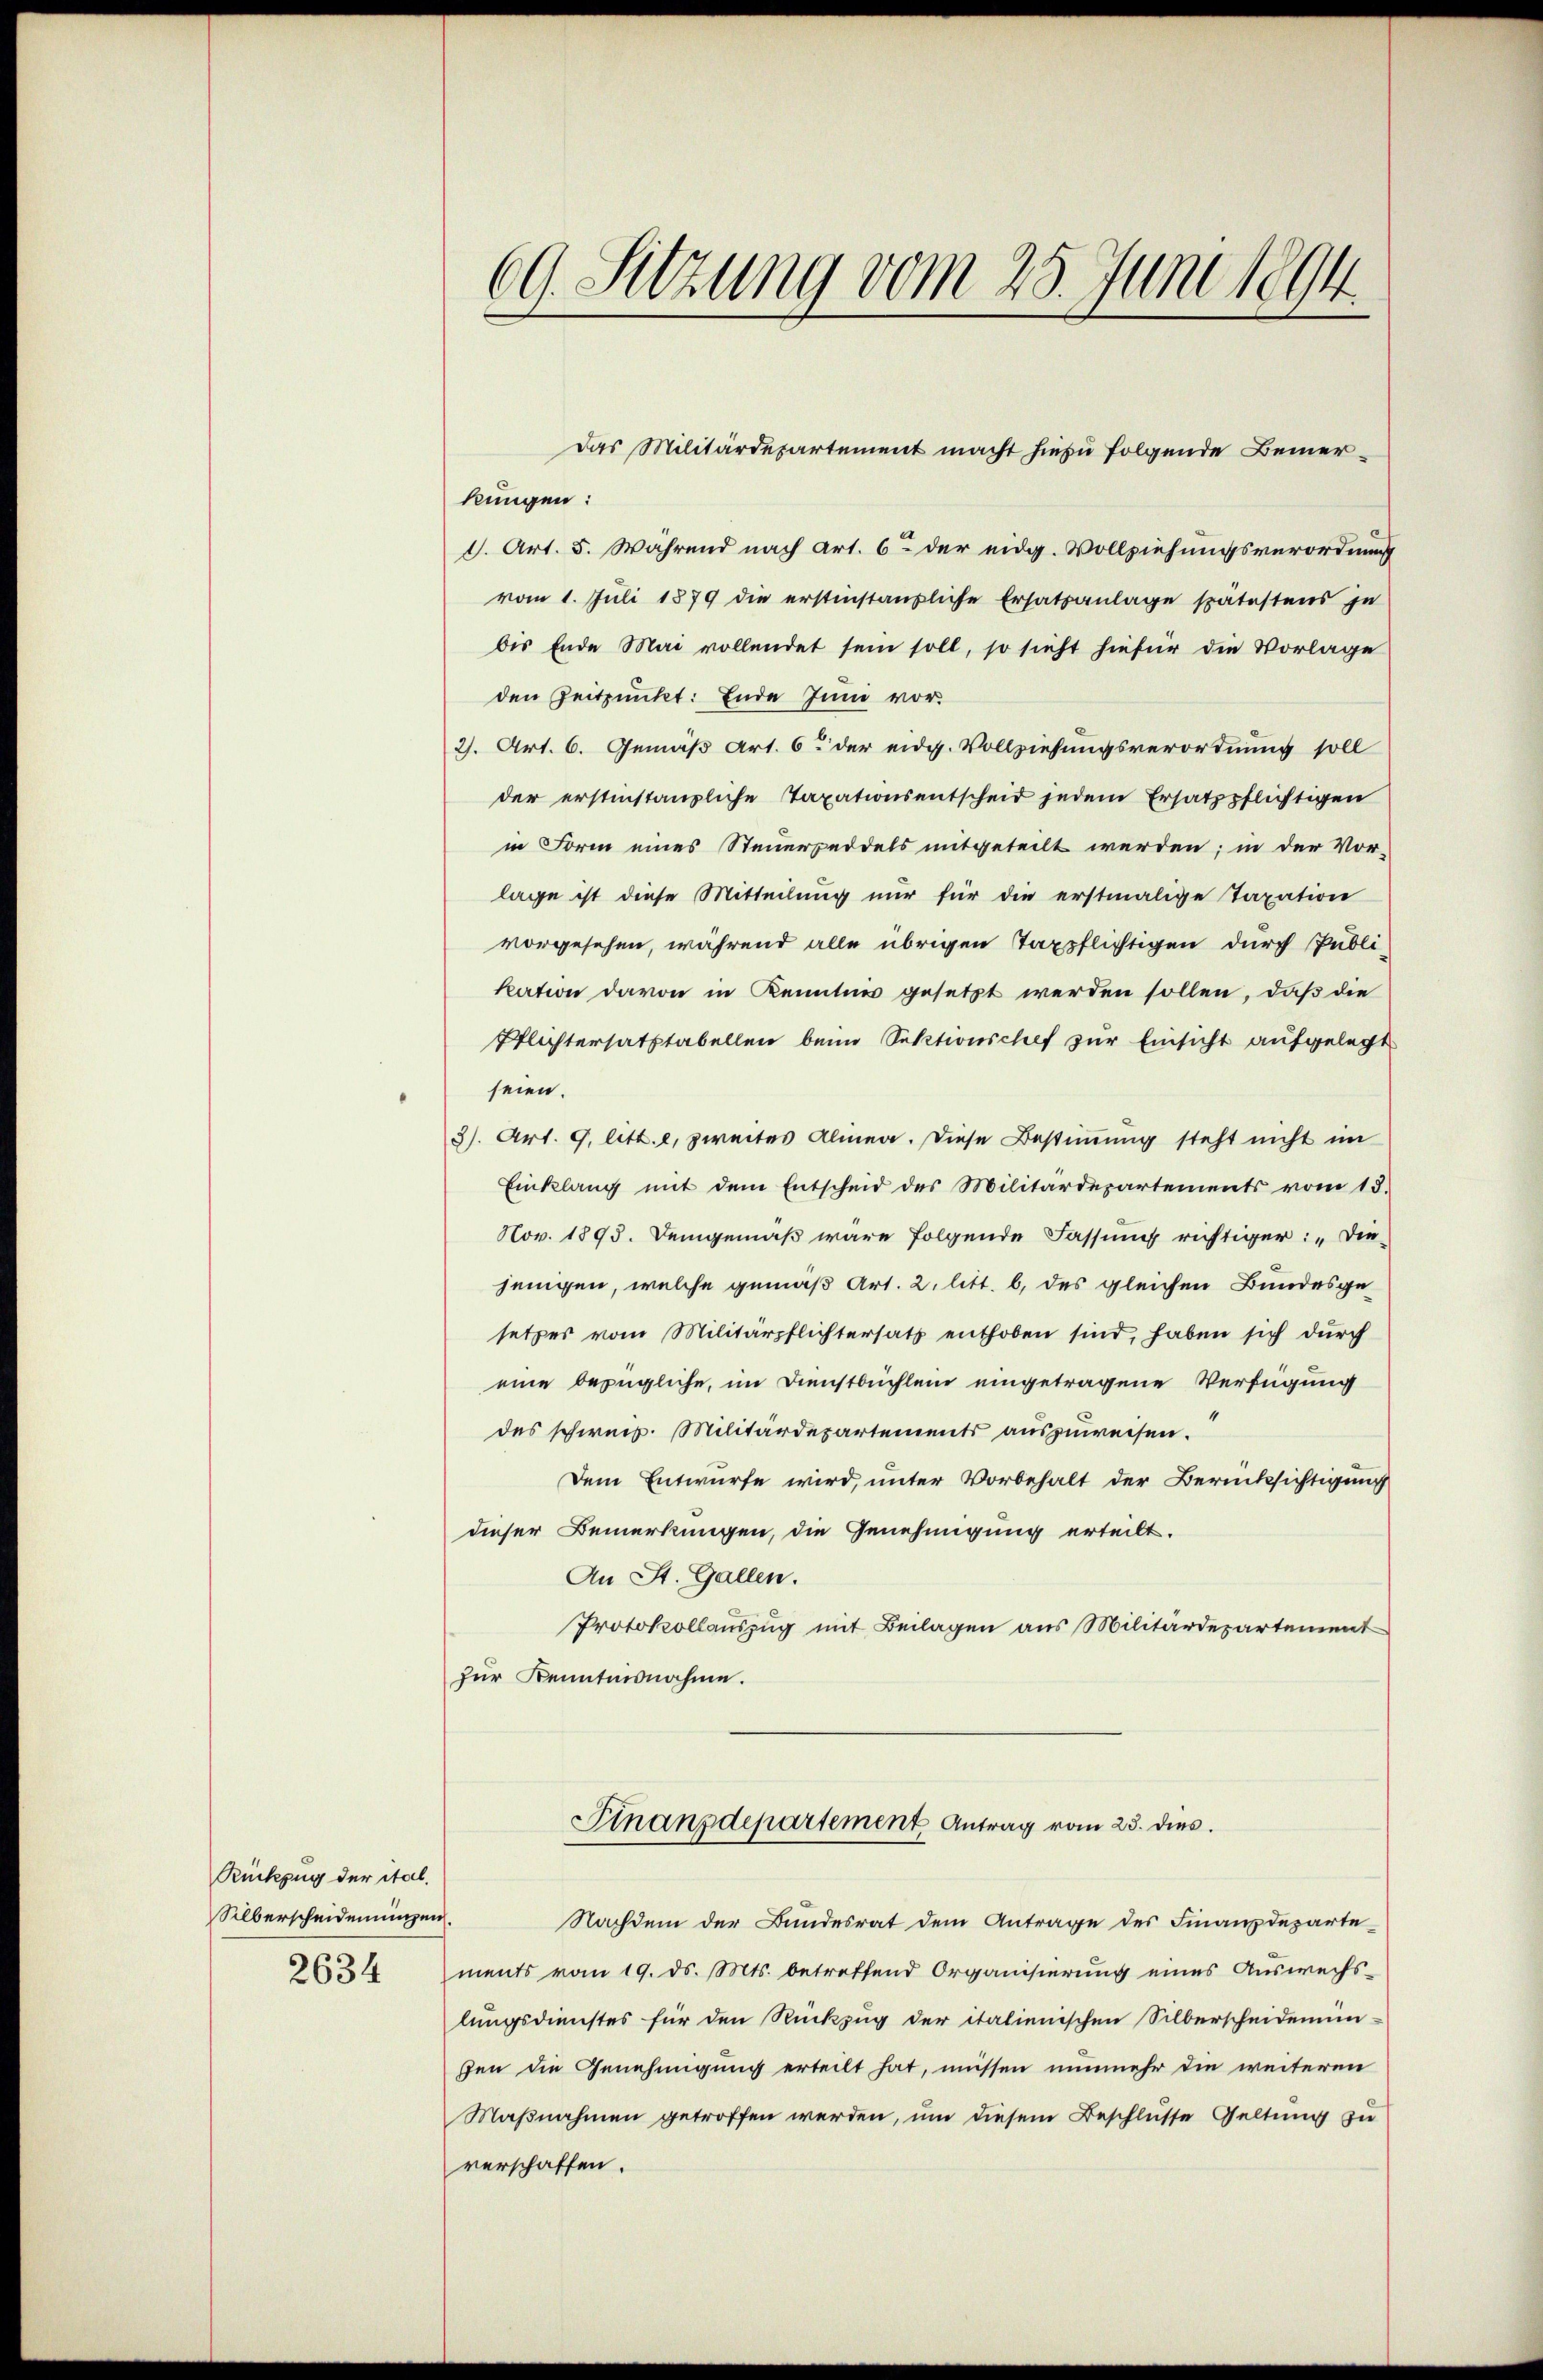
Rückzug der ital,
Silberscheidenungen.
2634

Das Militärdepartement macht hiezu folgende Bemerkungen:
1. Art. 5. Während nach Art. 6 der eidg. Vollziehungsverordnung
vom 1. Juli 1879 die erstinstanzliche Ersatzanlage spätestens in
bis Ende Mai vollendet sein soll, so sieht hiefür die Vorlage
den Zeitpunkt: Ende Juni vor.
2). Art. 6. Gemäß Art. 62 der eidg. Vollziehungsverordnung soll
der erstinstanzliche Taxationsentscheid jedem Ersatzpflichtigen
in Form eines Steuerpeddels mitgeteilt werden; in der Vor-
lage ist diese Mitteilung nur für die erstmalige Taxation
vorgesehen, während alle übrigen Taxpflichtigen durch Publikation davon in Kenntnis gesetzt werden sollen, daß die
Pflichtersatztabellen beim Sektionschef zur Einsicht aufgelegt
seien.
3). Art. 9. litt. e, zweites Almen. Diese Bestimmung steht nicht im
Einklang mit dem Entscheid des Militärdepartements vom 18.
Nov. 1895. Demgemäß wäre folgende Fassung richtiger: „Die
jenigen, welche gemäß Art. 2. litt. b. des gleichen Bundesgesetzes vom Militärpflichtersatz enthoben sind, haben sich durch
eine bezügliche, im Dienstbüchlein eingetragene Verfügung
des schweiz. Militärdepartements auszuweisen.
Dem Entwurfe wird, unter Vorbehalt der Berücksichtigung
dieser Bemerkungen, die Genehmigung erteilt.
An St. Gallen.
Protokollauszug mit Beilagen aus Militärdepartement
zur Kenntnisnahme.

69. Sitzung vom 25. Juni 1894

Stnanzdepartement Antrag vom 23. dies

Nachdem der Bundesrat dem Antrage des Finanzdeparte
ments vom 19. ds. Mts. betreffend Organisierung eines Auswechs-
lungsdienstes für den Rückzug der italienischen Silberscheidenum-
fen die Genehmigung erteilt hat, müssen nunmehr die weiteren
Maßnahmen getroffen werden, um diesem Beschlusse Geltung zu
verschaffen.